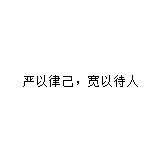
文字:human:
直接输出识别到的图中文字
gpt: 严以律己，宽以待人